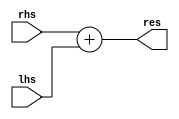
`timescale 1ns / 1ps
//////////////////////////////////////////////////////////////////////////////////
// Company: 
// Engineer: 
// 
// Design Name: 
// Module Name: ADD
// Project Name: 
// Target Devices: 
// Tool Versions: 
// Description: 
// 
// Dependencies: 
// 
// Revision:
// Revision 0.01 - File Created
// Additional Comments:
// 
//////////////////////////////////////////////////////////////////////////////////


module ADD(
	input [31:0] rhs,lhs,
	output [31:0] res
    );
	assign res=rhs+lhs;
endmodule